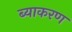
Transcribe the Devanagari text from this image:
ब्याकरण